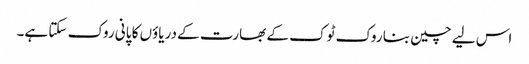
اس لیے چین بنا روک ٹوک کے بھارت کے دریاؤں کا پانی روک سکتا ہے۔